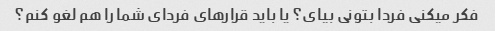
فکر میکنی فردا بتونی بیای؟ یا باید قرارهای فردای شما را هم لغو کنم؟